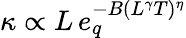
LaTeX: \kappa\propto L\, e_{q}^{-B(L^{\gamma}T)^{\eta}}